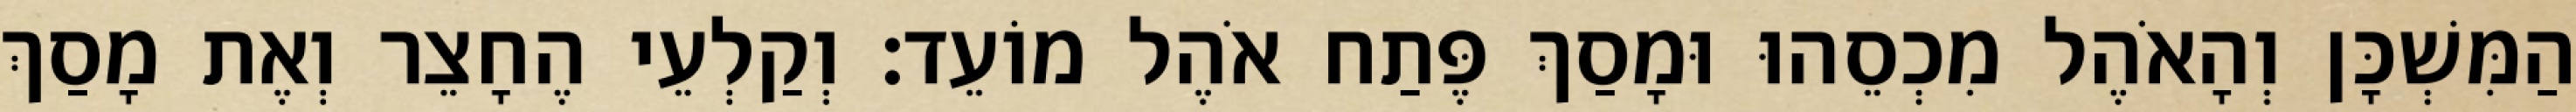
הַמִּשְׁכָּן וְהָאֹהֶל מִכְסֵהוּ וּמָסַךְ פֶּתַח אֹהֶל מוֹעֵד׃ וְקַלְעֵי הֶחָצֵר וְאֶת מָסַךְ